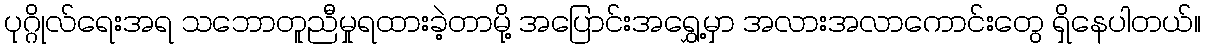
ပုဂ္ဂိုလ်ရေးအရ သဘောတူညီမှုရထားခဲ့တာမို့ အပြောင်းအရွှေ့မှာ အလားအလာကောင်းတွေ ရှိနေပါတယ်။